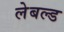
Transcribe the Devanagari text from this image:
लेबल्ड